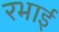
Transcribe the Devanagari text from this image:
रभाई